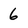
Character: 6